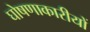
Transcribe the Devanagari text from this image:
घोषणाकारीयों